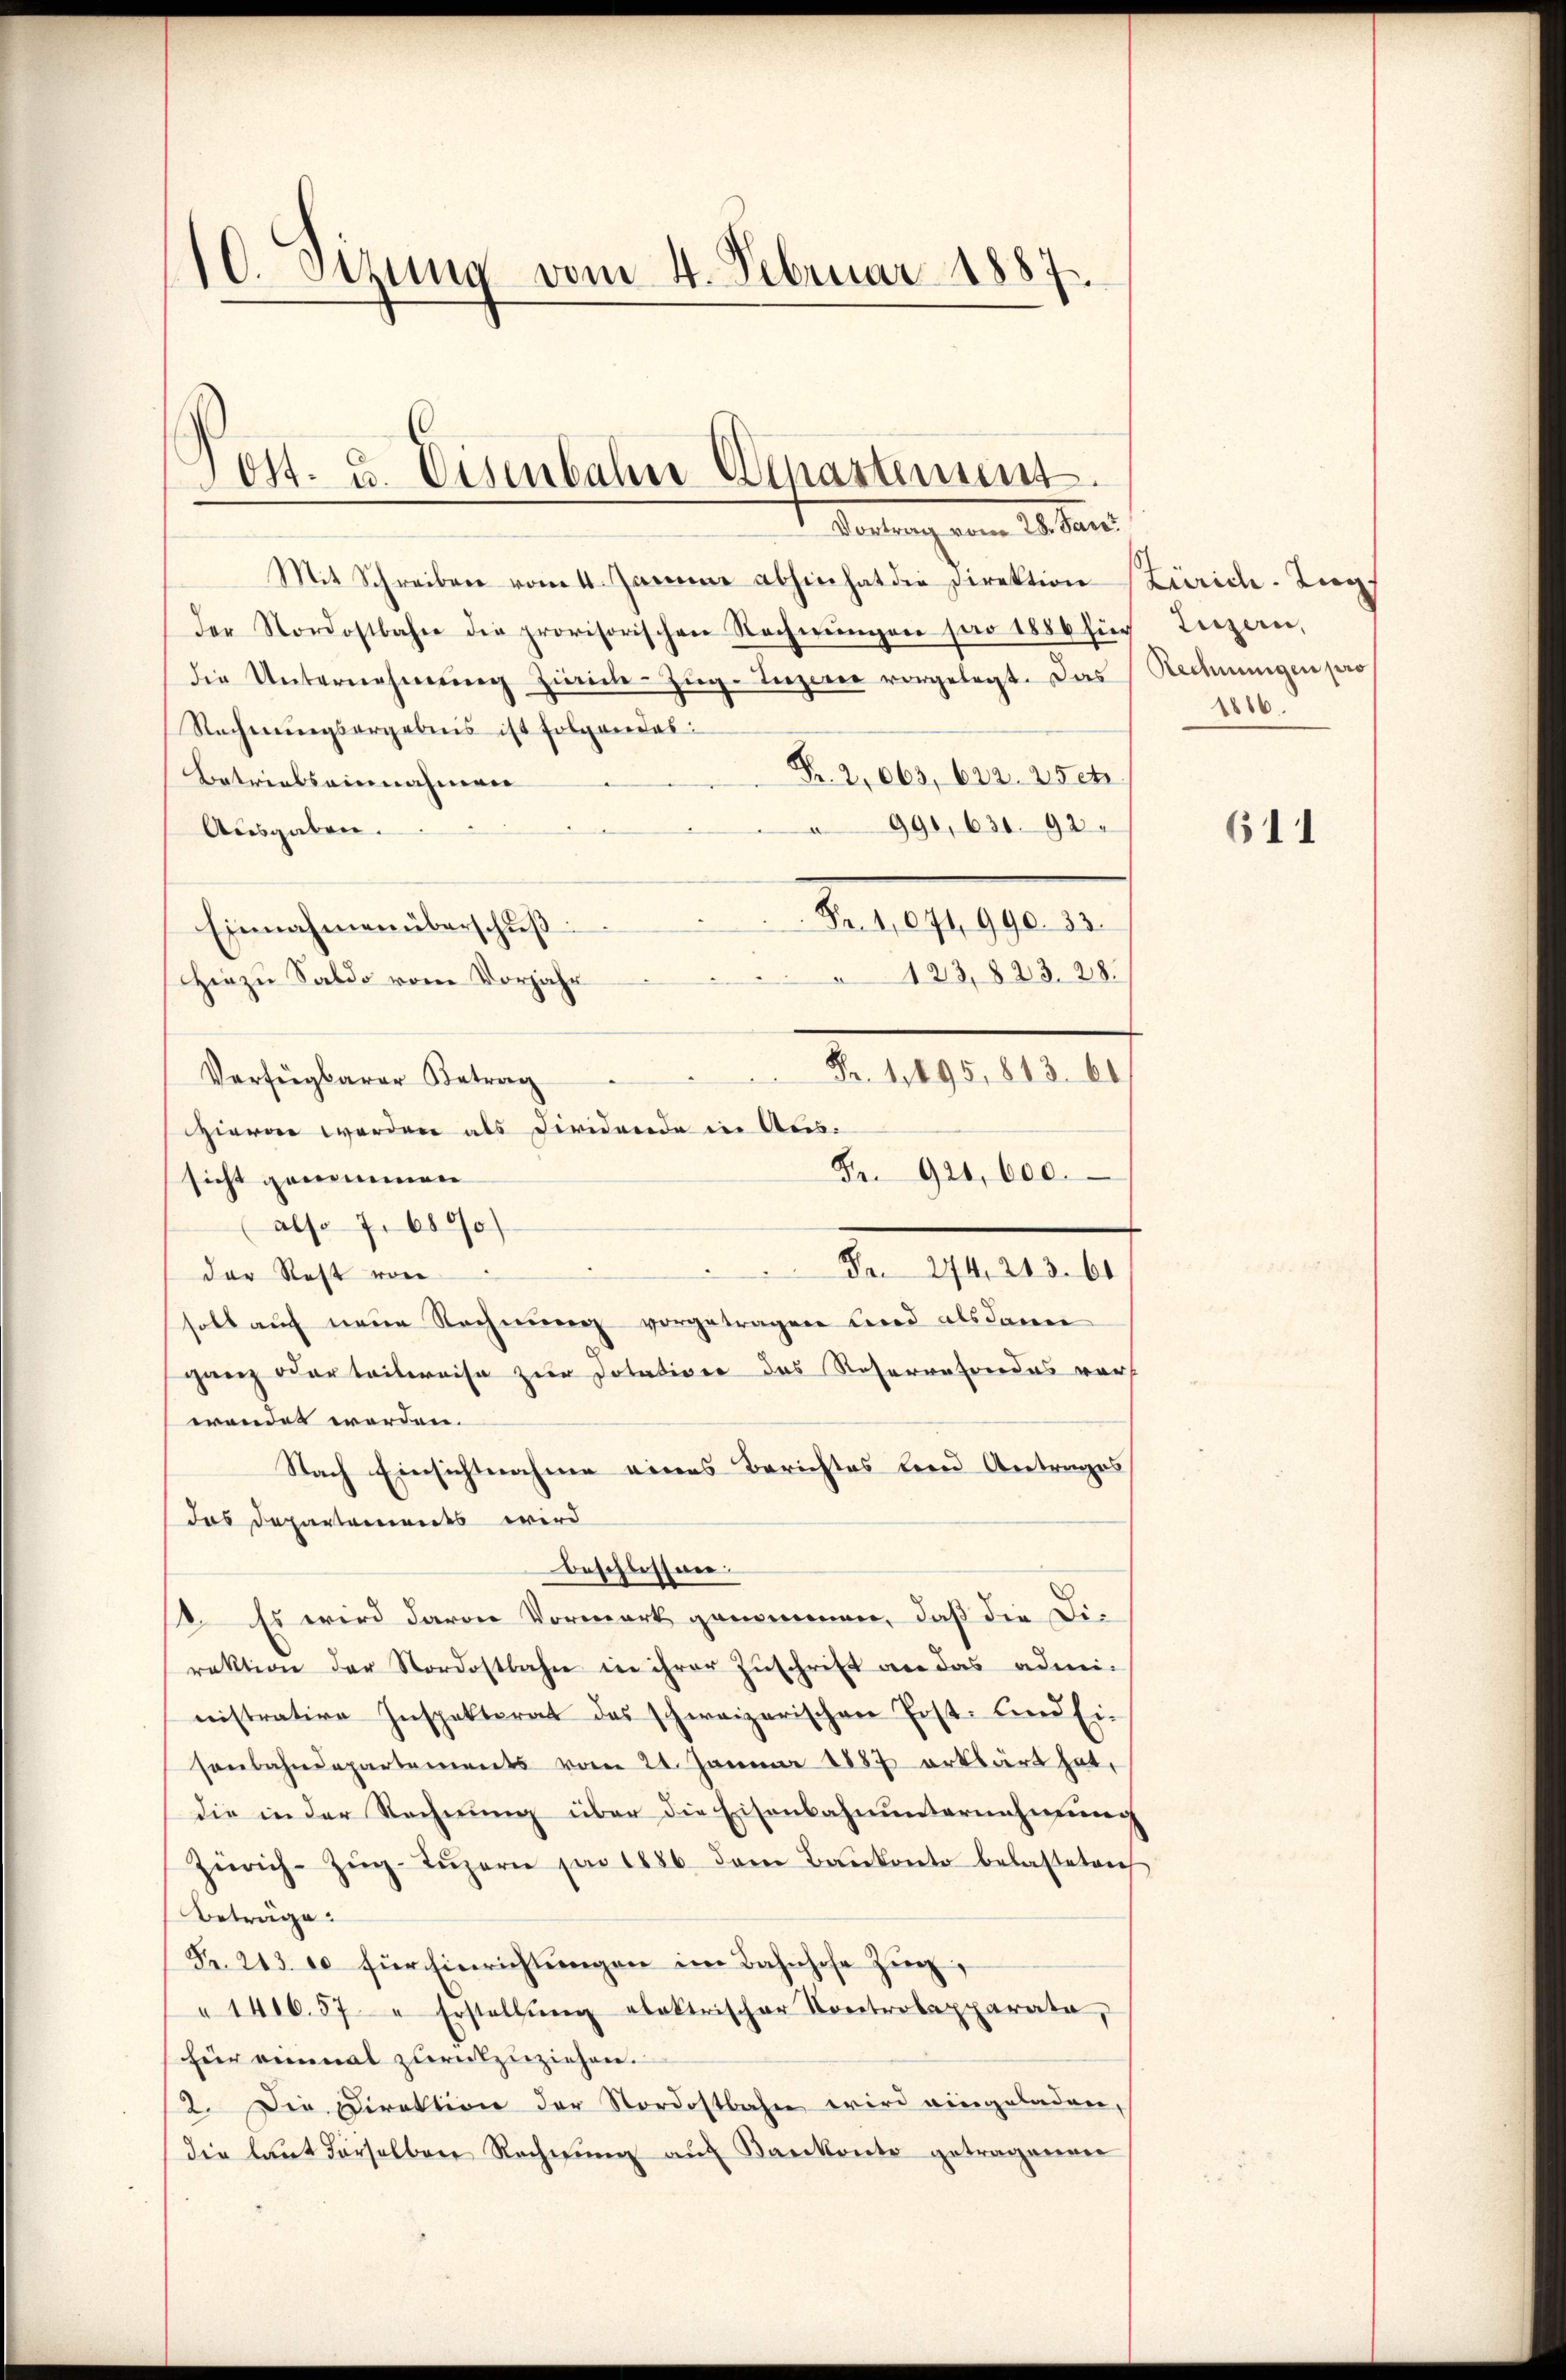
10. Sitzung vom 4. Februar 1887

Post. 3. Eisenbahne Departement.
 Vertrag vom 12. Jan

Mit Schreiben vom 4. Januar abhin hat die Direktion
der Nordostbahne die provisorischen Rechnŭngen pro 1886 für Luzern,
die Unternehmung zurück- Zug-Terzene vorgelegt. Das
Rechnungsergebnis ist folgendes:
Fr. 2,063, 622. 250
Betriebseinnahmen
990, 630. 92.
Ausgaben.
Fr. 1071, 990. 33.
Einnahmen überschŭβ
123, 823. 28.
Hiezu Saldo vom Vorjahr
Fr. 1,895, 813. 61
Verfügbarer Betrag
zieren werden als Dividende in Aus¬
Fr. 921,000.
sicht genommen
also 7. 6800)
Fr. 274, 243. 61
der Rest von
soll auf neue Rechnung vorgetragen Lied als dann
ganz oder teilweise zur Dotativer das Reservefondes vor
wendet werden.
Nach Einsichtnahme eines Berichtes bernd Antrages
das Departements wird
Beschlossen.
8. Es wird davon Vormerk genommen, daß die Direktion der Nordostbahn in ihrer Zŭschrift an das admi-
nistrative Inspektorat das schweizerischen Erst- und Ein
sonbahndepartements vom 24. Januar 1887 erklärt hat,
die in der Rechnung über die Eisenbahnunternehmung
Zürich-Zŭg-Lŭzern par 1886 dem Baŭkonto belasteten
Beträge:
Fr. 243 et für Einrichtŭngen im Bahnhofe Zŭg,
1416.57 " Erstellung elektrischer Kontrolaxparata,
für einmal zurückzuziehen.
2. Die Direktion der Nordostbahn wird eingeladen,
die laŭt derselben Rechnŭng aŭf Bankonto getragenen

Zürich. Zug
Redningen pro
1816.

611